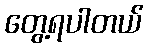
တွေ့ရပါတယ်